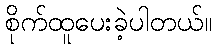
စိုက်ထူပေးခဲ့ပါတယ်။